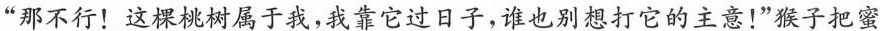
”那不行！这棵桃树属于我，我靠它过日子，谁也别想打它的主意！”猴子把蜜